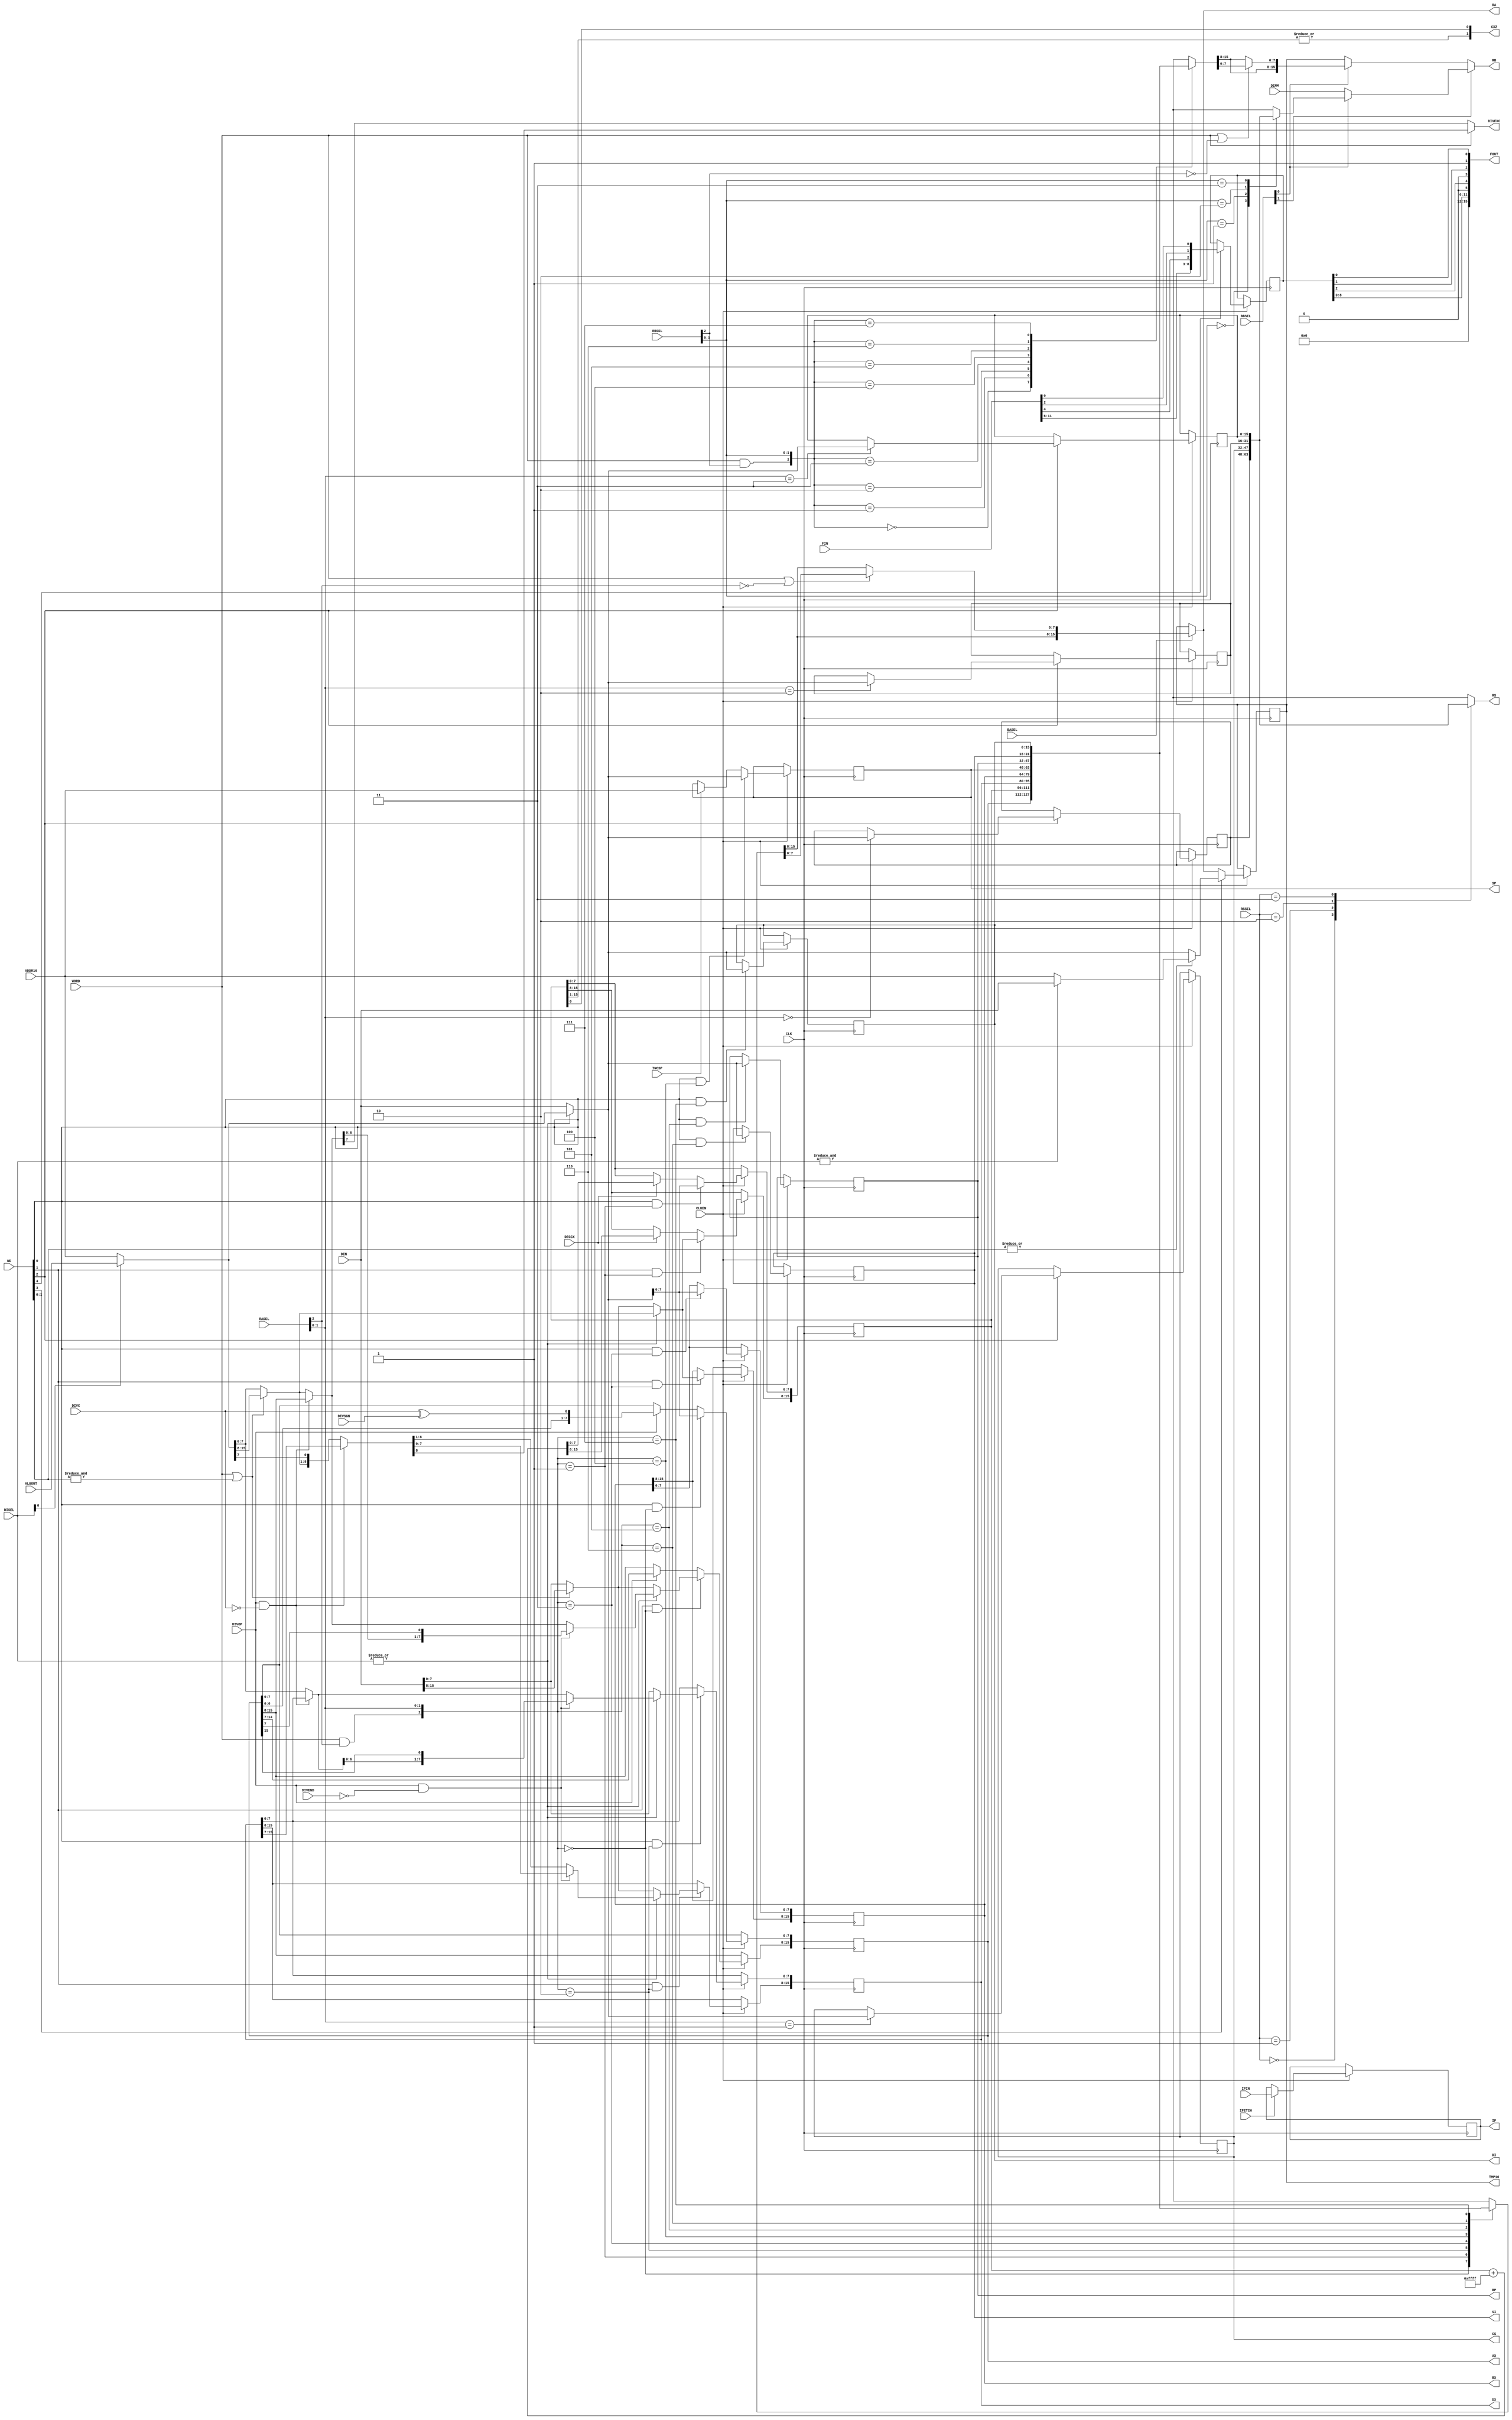
//////////////////////////////////////////////////////////////////////////////////
//
// This file is part of the Next186 project
// http://opencores.org/project,next186
//
// Description: Part of the Next186 CPU project, registers module
// Version 1.0
//
//
/////////////////////////////////////////////////////////////////////////////////
// 
// Copyright (C) 2011 Nicolae Dumitrache
// 
// This source file may be used and distributed without 
// restriction provided that this copyright statement is not 
// removed from the file and that any derivative work contains 
// the original copyright notice and the associated disclaimer.
// 
// This source file is free software; you can redistribute it 
// and/or modify it under the terms of the GNU Lesser General 
// Public License as published by the Free Software Foundation;
// either version 2.1 of the License, or (at your option) any 
// later version. 
// 
// This source is distributed in the hope that it will be 
// useful, but WITHOUT ANY WARRANTY; without even the implied 
// warranty of MERCHANTABILITY or FITNESS FOR A PARTICULAR 
// PURPOSE. See the GNU Lesser General Public License for more 
// details. 
// 
// You should have received a copy of the GNU Lesser General 
// Public License along with this source; if not, download it 
// from http://www.opencores.org/lgpl.shtml 
// 
///////////////////////////////////////////////////////////////////////////////////
`timescale 1ns / 1ps


module Next186_Regs(
		input [2:0]RASEL,
		input [2:0]RBSEL,
		input BASEL,
		input [1:0]BBSEL,
		input [1:0]RSSEL,
		input [15:0]DIN,
		input [15:0]ALUOUT,
		input [15:0]ADDR16,
		input [15:0]DIMM,
		input [4:0]WE, // 4=flags, 3=TMP16, 2=RSSEL, 1=RASEL_HI, 0=RASEL_LO
		input IFETCH,
		input [15:0]FIN,
		input [1:0]DISEL,
		input [15:0]IPIN,
		input WORD,
		input INCSP,
		input DECCX,
		input DIVOP,
		input DIVEND,
		input DIVC,
		input DIVSGN,
		output [1:0]CXZ,
		output [15:0]FOUT,
		output [15:0]RA,
		output [15:0]RB,
		output reg [15:0]TMP16,
		output reg [15:0]SP,
		output reg [15:0]IP,
		output reg [15:0]AX,
		output reg [15:0]BX,
		output reg [15:0]BP,
		output reg [15:0]SI,
		output reg [15:0]DI,
		output [15:0]RS,
		output [15:0]CS,
		output reg [15:0]DX,
		output DIVEXC,
		input CLK,
		input CLKEN
    );

	reg [15:0]CX;
	reg [15:0]SREG[3:0];
	reg [8:0]FLG;
	reg [15:0]REG_ASEL;
	reg [15:0]REG_BSEL;
	wire [15:0]RW = DISEL[0] ? ALUOUT : ADDR16; // x1=ALU, 10=ADDR, 00=DIN
	wire [2:0]ASEL = {WORD & RASEL[2], RASEL[1:0]};
	wire [2:0]BSEL = {WORD & RBSEL[2], RBSEL[1:0]};
	wire [7:0]RWHI = WORD || &WE[1:0] ? RW[15:8] : RW[7:0];
	wire [8:0]RWDL = {DIVOP && ~DIVC ? DX[7:0] : RW[7:0], AX[15]};
	wire [8:0]RWDH = {DIVOP && ~DIVC ? DX[15:7] : {RWHI, RW[7]}};
	wire [8:0]RWAH = {DIVOP && ~DIVC ? AX[15:8] : RWHI, AX[7]};
	assign DIVEXC = WORD ? RWDH[8] : RWAH[8];	
	
	wire FASTDIN = ~|DISEL;
	wire [15:0]FDRW = FASTDIN ? DIN : RW;
	wire [7:0]FASTDINH = WORD || &WE[1:0] ? DIN[15:8] : DIN[7:0]; // fast data path for AH/DH (tweak for speed)
	wire [15:0]CXM1 = CX + 16'hffff;

	assign FOUT = {4'b0000, FLG[8:3], 1'b0, FLG[2], 1'b0, FLG[1], 1'b1, FLG[0]};
	assign CS = SREG[1];
	assign CXZ = {|CX[15:1], CX[0]};
	
	wire [15:0]RA1 = {REG_ASEL[15:8], WORD | !RASEL[2] ? REG_ASEL[7:0] : REG_ASEL[15:8]};
	assign RA = BASEL ? RA1 : TMP16;
	assign RB = BBSEL[1] ? BBSEL[0] ? SREG[BSEL[1:0]] : DIMM : BBSEL[0] ? {REG_BSEL[15:8], WORD | !RBSEL[2] ? REG_BSEL[7:0] : REG_BSEL[15:8]} : TMP16;
	assign RS = SREG[RSSEL];
	
	always @* begin 
		case(ASEL)
			0: REG_ASEL = AX;
			1: REG_ASEL = CX;
			2: REG_ASEL = DX;
			3: REG_ASEL = BX;
			4: REG_ASEL = SP;
			5: REG_ASEL = BP;
			6: REG_ASEL = SI;
			7: REG_ASEL = DI;
		endcase
		case(BSEL)
			0: REG_BSEL = AX;
			1: REG_BSEL = CX;
			2: REG_BSEL = DX;
			3: REG_BSEL = BX;
			4: REG_BSEL = SP;
			5: REG_BSEL = BP;
			6: REG_BSEL = SI;
			7: REG_BSEL = DI;
		endcase
	end

	always @(posedge CLK)
		if(CLKEN) begin
			if(WE[0] && ASEL == 0) AX[7:0] <= FDRW[7:0];
			else if(DIVOP) AX[7:0] <= {AX[6:0], DIVC  ^ DIVSGN};
			
			if(WE[1] && ASEL == 0) AX[15:8] <= FASTDIN ? FASTDINH : (DIVOP && ~DIVEND ? RWAH[7:0] : RWAH[8:1]);
			else if(DIVOP) AX[15:8] <= AX[14:7];
			
			if(WE[0] && ASEL == 1) CX[7:0] <= FDRW[7:0];
			else if(DECCX) CX[7:0] <= CXM1[7:0];
			
			if(WE[1] && ASEL == 1) CX[15:8] <= FASTDIN ? FASTDINH : RWHI;
			else if(DECCX) CX[15:8] <= CXM1[15:8];
			
			if(WE[0] && ASEL == 2) DX[7:0] <= FASTDIN ? DIN[7:0] : (DIVOP && ~DIVEND ? RWDL[7:0] : RWDL[8:1]);
			if(WE[1] && ASEL == 2) DX[15:8] <= FASTDIN ? FASTDINH : (DIVOP && ~DIVEND ? RWDH[7:0] : RWDH[8:1]);
			
			if(WE[0] && ASEL == 3) BX[7:0] <= FDRW[7:0];
			if(WE[1] && ASEL == 3) BX[15:8] <= FASTDIN ? FASTDINH : RWHI;
			
			if(WE[0] && ASEL == 4) SP <= FDRW;
			else if(INCSP) SP <= ADDR16;
			
			if(WE[0] && ASEL == 5) BP <= FDRW;
			if(WE[0] && ASEL == 6) SI <= FDRW;
			if(WE[0] && ASEL == 7) DI <= FDRW;
				
			if(WE[2])
				case(RASEL[1:0])
					0: SREG[0] <= FDRW;
					1: SREG[1] <= FDRW;
					2: SREG[2] <= FDRW;
					3: SREG[3] <= FDRW;
				endcase
				
			if(WE[3]) TMP16 <= |WE[1:0] ? (&DISEL[1:0] ? DIN : ADDR16) : FDRW;		// TMP16
			else TMP16 <= RA;	// XCHG, MUL

			if(WE[4]) FLG <= {FIN[11:6], FIN[4], FIN[2], FIN[0]};			// FLAGS

			if(IFETCH) IP <= IPIN;		// IP
		end

endmodule